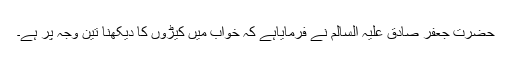
حضرت جعفر صادق علیہ السالم نے فرمایاہے کہ خواب میں کیڑوں کا دیکھنا تین وجہ پر ہے۔